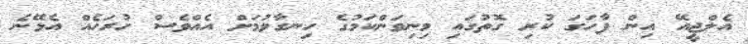
އެލްޖީއޭ އިން ފާހަގަ ކުރި ގޮތުގައި މިނިވަންކަމުގެ ހިނގާލުމަށް އެއްވެސް ހުރަހެއް އެޅޭނެ